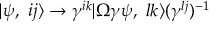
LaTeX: | \psi , \ i j \rangle \rightarrow \gamma ^ { i k } | \Omega \gamma \psi , \ l k \rangle ( \gamma ^ { l j } ) ^ { - 1 }